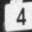
Digit: 4